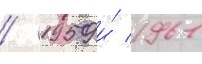
/ 1959 и́ 1961